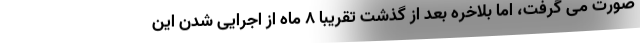
صورت می گرفت، اما بلاخره بعد از گذشت تقریبا 8 ماه از اجرایی شدن این